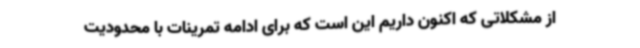
از مشکلاتی که اکنون داریم این است که برای ادامه تمرینات با محدودیت